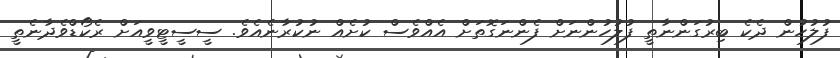
ފުލުހުން ދެކެ ބިރުގަންނާތީ ފުލުހުންނަށް ފެންނަގޮތަށް އެއްވެސް ކުށެއް ނުކުރާނެއެވެ. ސީސީޓީވީއަށް ރެކޯޑްވެދާނެތީ